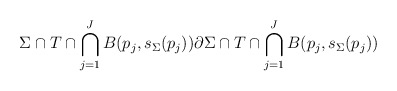
\begin{align*}\Sigma\cap T\cap \bigcap_{j=1}^J B(p_j,s_\Sigma(p_j)) \partial\Sigma\cap T\cap \bigcap_{j=1}^J B(p_j,s_\Sigma(p_j))\end{align*}